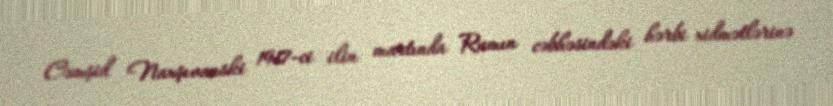
Cəmşid Naxşıvanski 1917-ci ilin martında Rumın cəbhəsindəki hərbi xidmətlərinə